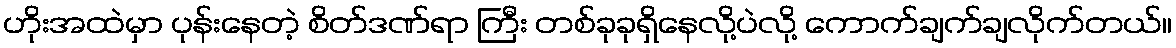
ဟိုးအထဲမှာ ပုန်းနေတဲ့ စိတ်ဒဏ်ရာ ကြီး တစ်ခုခုရှိနေလို့ပဲလို့ ကောက်ချက်ချလိုက်တယ်။